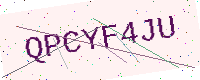
Text: QPCYF4JU